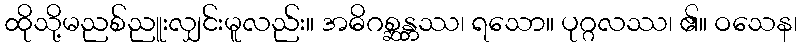
ထိုသို့မညစ်ညူးလျှင်းမူလည်း။ အဓိဂစ္ဆန္တဿ၊ ရသော။ ပုဂ္ဂလဿ၊ ၏။ ဝသေန၊